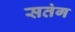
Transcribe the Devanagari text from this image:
सतंग